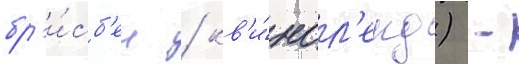
бр'и́сб'ен / кв'и́нсл'енд) -